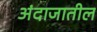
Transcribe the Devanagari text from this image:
अंदाजातील